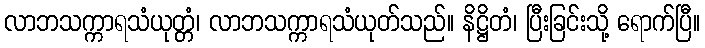
လာဘသက္ကာရသံယုတ္တံ၊ လာဘသက္ကာရသံယုတ်သည်။ နိဋ္ဌိတံ၊ ပြီးခြင်းသို့ ရောက်ပြီ။